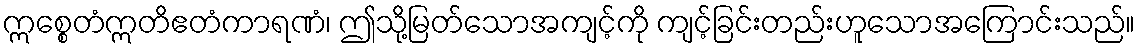
ဣစ္စေတံဣတိဧတံကာရဏံ၊ ဤသို့မြတ်သောအကျင့်ကို ကျင့်ခြင်းတည်းဟူသောအကြောင်းသည်။